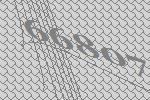
66807